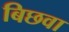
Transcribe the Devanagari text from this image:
बिछवा